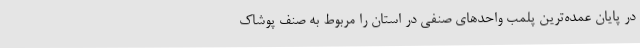
در پایان عمده‌ترین پلمب‌ واحدهای صنفی در استان را مربوط به صنف پوشاک